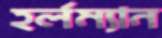
হর্লম্যান